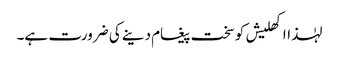
لہٰذااکھلیش کوسخت پیغام دینے کی ضرورت ہے۔